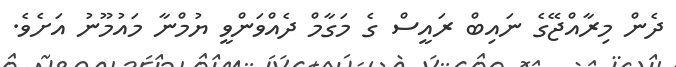
ދެން މިރާއްޖޭގެ ނައިބް ރައީސް ގެ މަގާމް ދެއްވަންވީ ޔުމްނާ މައުމޫނު އަށެެވެ.